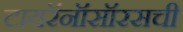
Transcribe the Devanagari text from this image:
टायरॅनॉसॉरसची